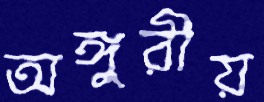
অঙ্গুরীয়